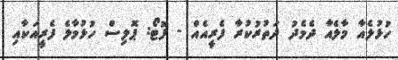
ހުޅުލެއާ މާލެއާ ދެމެދު ދަތުރުކުރާ ފެރީއެއް - ފޮޓޯ: ޕޮލިސް ހުޅުމާލެ ފެރީއަކާއި